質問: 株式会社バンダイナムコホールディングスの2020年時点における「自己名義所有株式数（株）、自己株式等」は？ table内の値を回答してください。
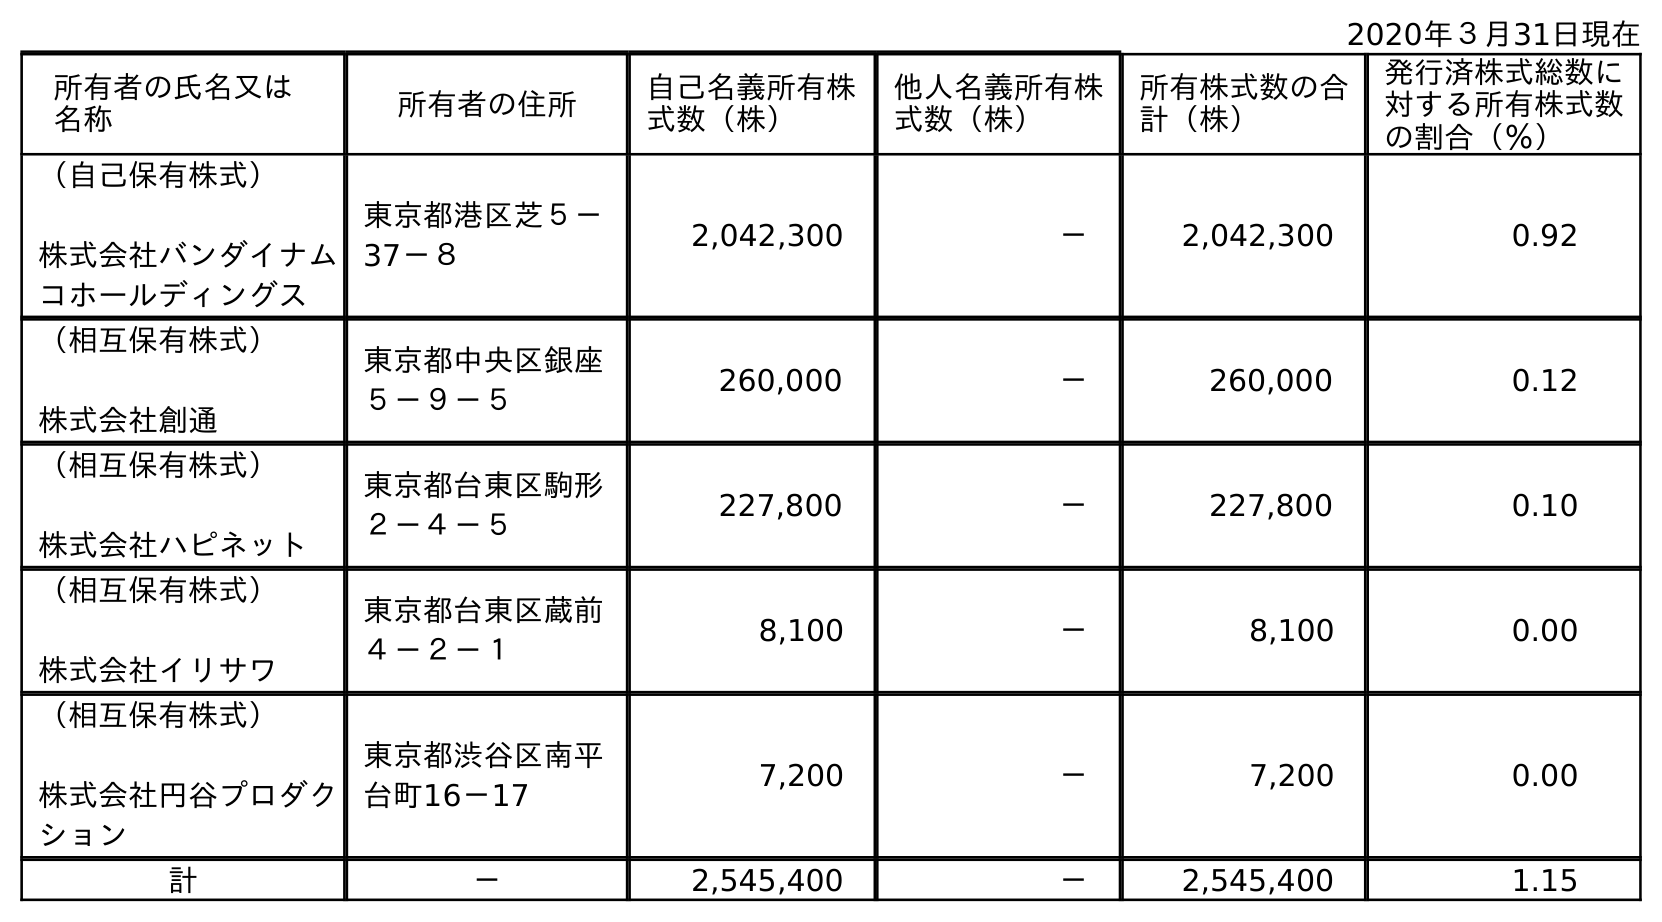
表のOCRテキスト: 2020年３月31日現在 所有者の氏名又は 名称 所有者の住所 自己名義所有株 式数（株） 他人名義所有株 式数（株） 所有株式数の合 計（株） 発行済株式総数に 対する所有株式数 の割合（％） （自己保有株式） 株式会社バンダイナム コホールディングス 東京都港区芝５－ 37－８ 2,042,300 － 2,042,300 0.92 （相互保有株式） 株式会社創通 東京都中央区銀座 ５－９－５ 260,000 － 260,000 0.12 （相互保有株式） 株式会社ハピネット 東京都台東区駒形 ２－４－５ 227,800 － 227,800 0.10 （相互保有株式） 株式会社イリサワ 東京都台東区蔵前 ４－２－１ 8,100 － 8,100 0.00 （相互保有株式） 株式会社円谷プロダク ション 東京都渋谷区南平 台町16－17 7,200 － 7,200 0.00 計 － 2,545,400 － 2,545,400 1.15
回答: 2,545,400